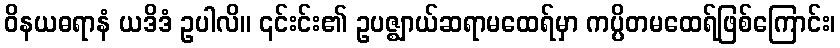
ဝိနယဓရာနံ ယဒိဒံ ဥပါလိ။ ၎င်းင်း၏ ဥပဇ္ဈာယ်ဆရာမထေရ်မှာ ကပ္ပိတမထေရ်ဖြစ်ကြောင်း၊